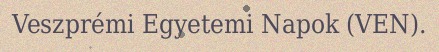
Veszprémi Egyetemi Napok (VEN).